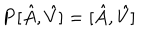
LaTeX: { \bf P } [ \hat { A } , \hat { V } ] = [ \hat { A } , \hat { V } ]